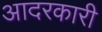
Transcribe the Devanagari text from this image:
आदरकारी